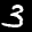
Label: 3